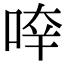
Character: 𠵃